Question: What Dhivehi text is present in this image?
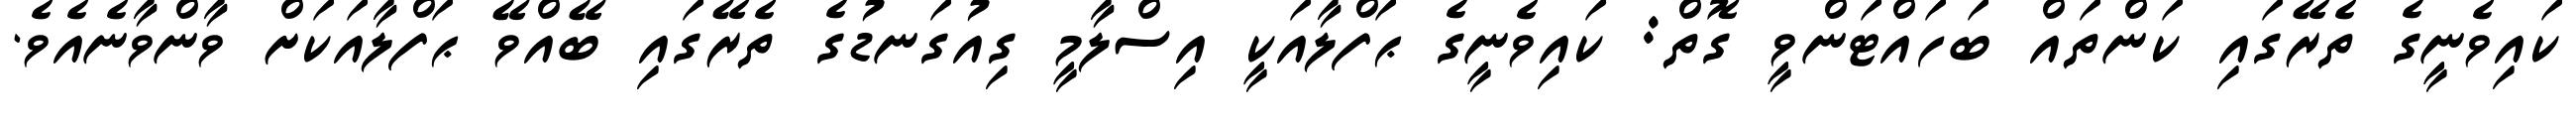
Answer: ކައިވެނީގެ ތެރޭގައި ކަންތައް ބަހައްޓަންވީ ގޮތް: ކައިވެނީގެ ޙަފްލާއަކީ އިސްލާމީ ގިއުގަނޑުގެ ތެރޭގައި ބޭއްވޭ ޙަފްލާއަކަށް ވާންވާނެއެވެ.